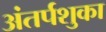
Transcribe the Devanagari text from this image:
अंतर्पशुका